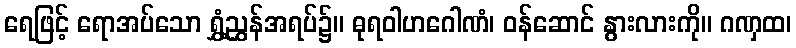
ရေဖြင့် ရောအပ်သော ရွှံ့ညွှန်အရပ်၌။ ဓုရဝါဟဂေါဏံ၊ ဝန်ဆောင် နွားလားကို။ ဂဏှထ၊